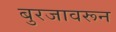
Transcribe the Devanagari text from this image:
बुरजावरून